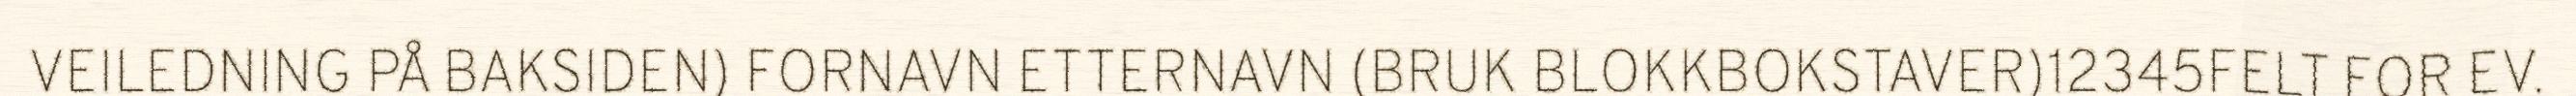
VEILEDNING PÅ BAKSIDEN) FORNAVN ETTERNAVN (BRUK BLOKKBOKSTAVER)12345FELT FOR EV.